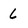
Character: 6